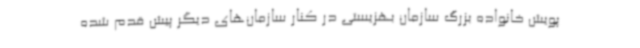
پویش خانواده بزرگ سازمان بهزیستی در کنار سازمان‌های دیگر پیش قدم شده